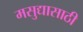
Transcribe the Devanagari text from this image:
मसुद्यासाठी